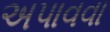
અપાવવા